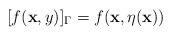
LaTeX: \begin{align*}[f(\mathbf{x},y)]_\Gamma=f(\mathbf{x},\eta(\mathbf{x}))\end{align*}